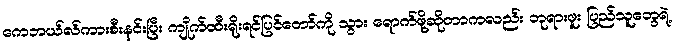
ကေဘယ်လ်ကားစီးနင်းပြီး ကျိုက်ထီးရိုးရင်ပြင်တော်ကို သွား ရောက်ဖို့ဆိုတာကလည်း ဘုရားဖူး ပြည်သူတွေရဲ့